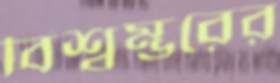
বিশ্বম্ভরের